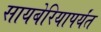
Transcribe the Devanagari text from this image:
सायबेरियापर्यंत